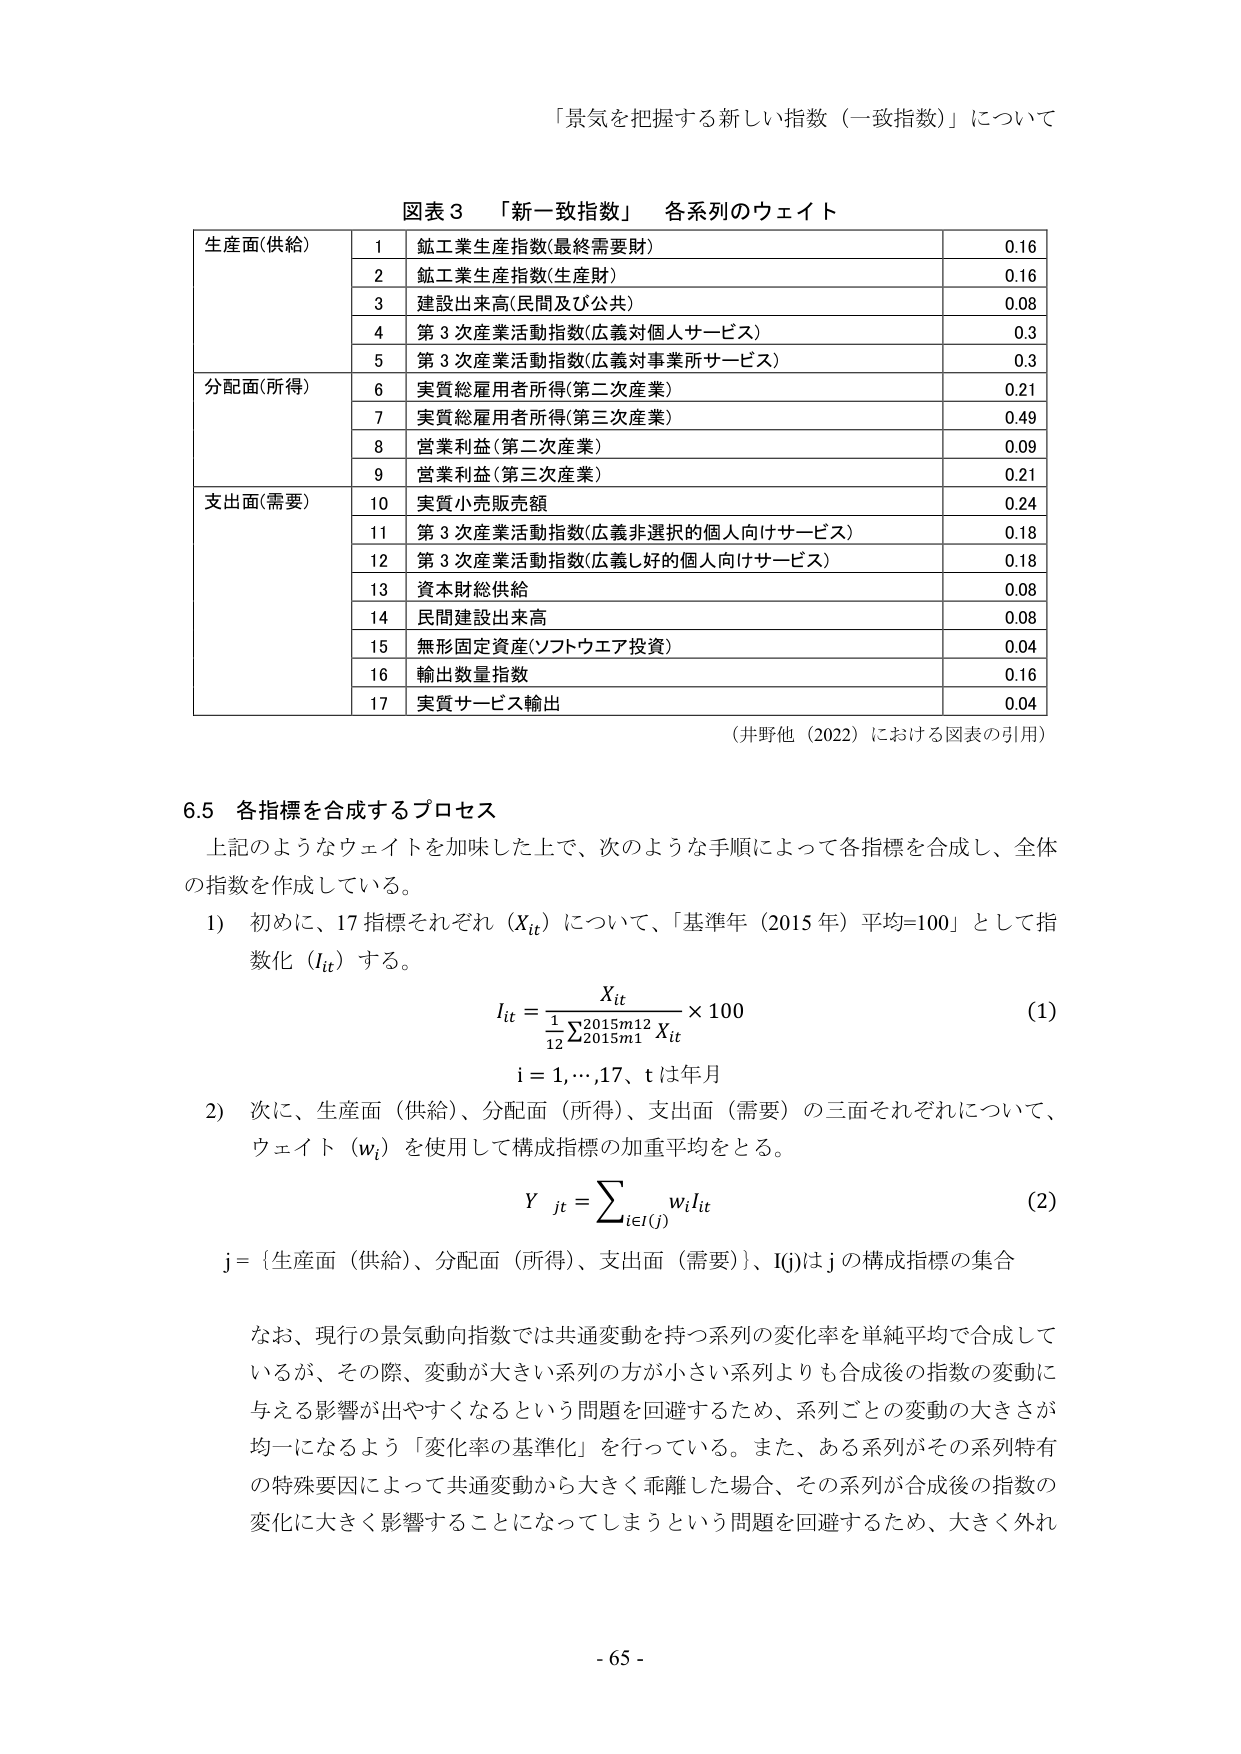
「景気を把握する新しい指数（一致指数）」について

図表３ 「新一致指数」 各系列のウェイト

生産面(供給) 1 鉱工業生産指数(最終需要財) 0.16
2 鉱工業生産指数(生産財) 0.16
3 建設出来高(民間及び公共) 0.08
4 第３次産業活動指数(広義対個人サービス) 0.3
5 第３次産業活動指数(広義対事業所サービス) 0.3

分配面(所得) 6 実質総雇用者所得(第二次産業) 0.21
7 実質総雇用者所得(第三次産業) 0.49
8 営業利益(第二次産業) 0.09
9 営業利益(第三次産業) 0.21

支出面(需要) 10 実質小売販売額 0.24
11 第３次産業活動指数(広義非選択的個人向けサービス) 0.18
12 第３次産業活動指数(広義し好的個人向けサービス) 0.18
13 資本財総供給 0.08
14 民間建設出来高 0.08
15 無形固定資産(ソフトウエア投資) 0.04
16 輸出数量指数 0.16
17 実質サービス輸出 0.04

（井野他（2022）における図表の引用）

6.5 各指標を合成するプロセス

上記のようなウェイトを加味した上で、次のような手順によって各指標を合成し、全体の指数を作成している。

1) 初めに、17指標それぞれ（X_it）について、「基準年（2015年）平均=100」として指数化（I_it）する。

I_it = X_it / (1/12 Σ_{2015m1}^{2015m12} X_it) × 100  (1)

i = 1,…,17、t は年月

2) 次に、生産面（供給）、分配面（所得）、支出面（需要）の三面それぞれについて、ウェイト（w_i）を使用して構成指標の加重平均をとる。

Y_jt = Σ_{i∈I(j)} w_i l_it  (2)

j = {生産面（供給）、分配面（所得）、支出面（需要）}、I(j)はjの構成指標の集合

なお、現行の景気動向指数では共通変動を持つ系列の変化率を単純平均で合成しているが、その際、変動が大きい系列の方が小さい系列よりも合成後の指数の変動に与える影響が出やすくなるという問題を回避するため、系列ごとの変動の大きさが均一になるよう「変化率の基準化」を行っている。また、ある系列がその系列特有の特殊要因によって共通変動から大きく乖離した場合、その系列が合成後の指数の変化に大きく影響することになってしまうという問題を回避するため、大きく外れ

- 65 -